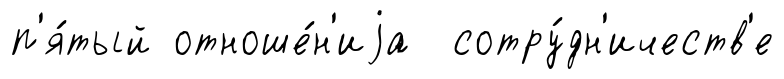
п'я́тый отноше́н'иjа сотру́дн'ичеств'е